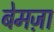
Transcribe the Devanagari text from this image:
बेमज़ा